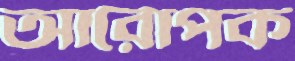
আরোপক